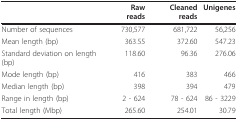
<table><thead><tr><td>[EMPTY_CELL]</td><td><b>Raw reads</b></td><td><b>Cleaned reads</b></td><td><b>Unigenes</b></td></tr></thead><tbody><tr><td>Number of sequences</td><td>730,577</td><td>681,722</td><td>56,256</td></tr><tr><td>Mean length (bp)</td><td>363.55</td><td>372.60</td><td>547.23</td></tr><tr><td>Standard deviation on length (bp)</td><td>118.60</td><td>96.36</td><td>276.06</td></tr><tr><td>Mode length (bp)</td><td>416</td><td>383</td><td>466</td></tr><tr><td>Median length (bp)</td><td>398</td><td>394</td><td>479</td></tr><tr><td>Range in length (bp)</td><td>2 - 624</td><td>78 - 624</td><td>86 - 3229</td></tr><tr><td>Total length (Mbp)</td><td>265.60</td><td>254.01</td><td>30.79</td></tr></tbody></table>